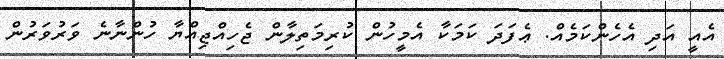
އެއީ އަދި އެހެންކަމެއް. ޢެފަދަ ކަމަކާ އެމީހުން ކުރިމަތިލާން ޖެހިއްޖިއްޔާ ހުންނާނެ ވަރުވަރުން